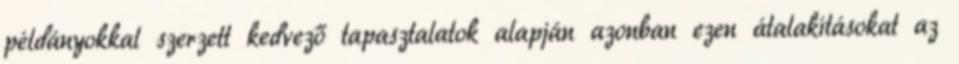
példányokkal szerzett kedvező tapasztalatok alapján azonban ezen átalakításokat az